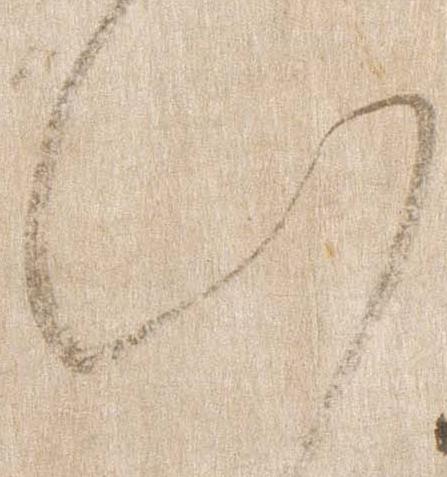
給